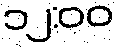
၁၂:၀၀